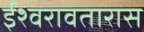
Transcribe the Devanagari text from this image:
ईश्वरावतारास